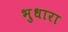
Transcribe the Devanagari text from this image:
भुधारा